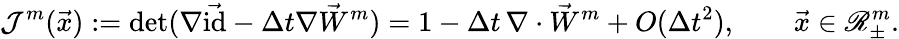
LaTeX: \mathcal{J}^{m}(\vec{x}):=\mathrm{det}(\nabla\vec{\mathrm{id}}-\Delta t\nabla\vec{W}^{m})=1-\Delta t\, \nabla\cdot\vec{W}^{m}+O(\Delta t^{2}),\qquad\vec{x}\in\mathscr{R}_{\pm}^{m}.